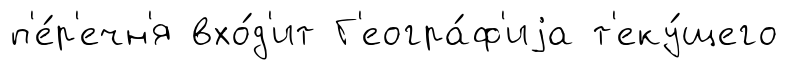
п'е́р'ечн'я вхо́д'ит Г'еогра́ф'иjа т'еку́щего